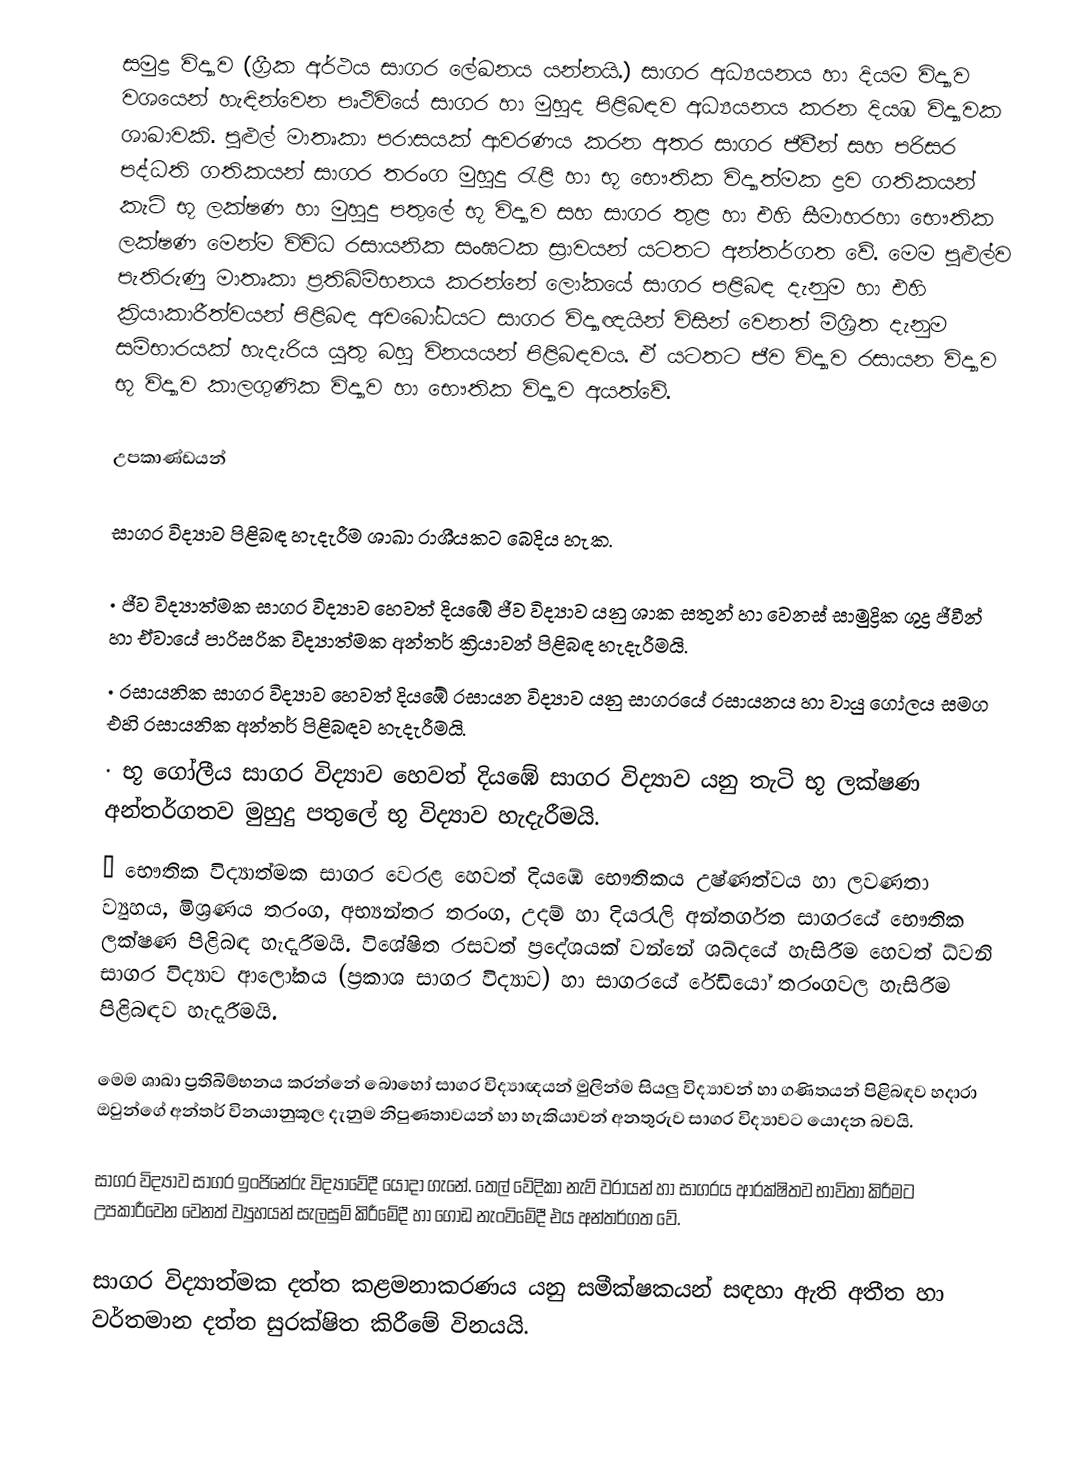
සමුද්‍ර විද්‍යාව (ග්‍රීක අර්ථය සාගර ලේඛනය යන්නයි.) සාගර අධ්‍යයනය හා දියම විද්‍යාව වශයෙන් හැඳින්වෙන පෘථිවියේ සාගර හා මුහුද පිළිබඳව අධ්‍යයනය කරන දියඹ විද්‍යාවක ශා‍ඛාවකි. පුළුල් මාතෘකා පරාසයක් ආවරණය කරන අතර සාගර ජීවීන් සහ පරිසර පද්ධති ගතිකයන් සාගර තරංග මුහුදු රැළි හා භූ භෞතික විද්‍යාත්මක ද්‍රව ගතිකයන් කැටි භූ ලක්ෂණ හා මුහුදු පතුලේ භූ විද්‍යාව සහ සාගර තුළ හා එහි සීමා‍හරහා භෞතික ලක්ෂණ මෙන්ම විවිධ රසායනික සංඝටක ස්‍රාවයන් යටතට අන්තර්ගත වේ. මෙම පුළුල්ව පැතිරුණු මාතෘකා ප්‍රතිබිම්භනය කරන්නේ ලෝකයේ සාගර පළිබඳ දැනුම හා එහි ක්‍රියාකාරීත්වයන් පිළිබඳ අවබෝධයට සාගර විද්‍යාඥයින් විසින් වෙනත් මිශ්‍රිත දැනුම  සම්භාරයක් හැදැරිය යුතු බහු විනයයන් පිළිබඳවය. ඒ යටතට ජීව විද්‍යාව රසායන විද්‍යාව භූ විද්‍යාව කාලගුණික විද්‍යාව හා භෞතික විද්‍යාව අයත්වේ.

උපකා‍ණ්ඩයන්

සාගර විද්‍යාව පිළිබඳ හැදැරීම ශාඛා රාශීයකට බෙදිය හැක.

·	ජීව විද්‍යාත්මක සාගර  විද්‍යාව හෙවත් දියඹේ ජීව විද්‍යාව යනු ශාක සතුන් හා වෙනස් සාමුද්‍රික ශුද්‍ර ජීවීන් හා ඒවායේ පාරිසරික විද්‍යාත්මක අන්තර් ක්‍රියාවන් පිළිබඳ හැදැරීමයි.
·	රසායනික සාගර විද්‍යාව හෙවත් දියඹේ රසායන විද්‍යාව  යනු සාගරයේ රසායනය හා වායු ගෝලය සමග එහි රසායනික අන්තර් පිළිබඳව හැදැරීමයි.
·	භූ ගෝලීය සාගර විද්‍යාව හෙවත් දියඹේ සාගර විද්‍යාව යනු තැටි භූ ලක්ෂණ අන්තර්ගතව මුහුදු පතුලේ භූ විද්‍යාව හැදැරීමයි.
·	භෞතික විද්‍යාත්මක සාගර වෙරළ හෙවත් දියඹේ භෞතිකය උෂ්ණත්වය හා ලවණතා ව්‍යුහය, මිශ්‍රණය තරංග, අභ්‍යන්තර තරංග, උදම් හා දියරැලි අන්තර්ගත සාගරයේ භෞතික ලක්ෂණ පිළිබඳ හැදැරීමයි. විශේෂිත රසවත් ප්‍රදේශයක් වන්නේ ශබ්දයේ හැසිරීම හෙවත් ධ්වනි සාගර විද්‍යාව ආලෝකය (ප්‍රකා‍ශ සාගර විද්‍යාව) හා සාගර‍යේ රේඩියෝ තරංගවල හැසිරීම පිළිබඳව හැදැරීමයි.

මෙම ශාඛා ප්‍රතිබිම්භනය කරන්නේ බොහෝ සාගර විද්‍යාඥයන් මුලින්ම සියලු විද්‍යාවන් හා ගණිතයන් පිළිබඳව හදාරා ඔවුන්ගේ අන්තර් විනයානුකූල දැනුම නිපුණතාවයන් හා හැකියාවන් අනතුරුව සාගර විද්‍යාවට යොදන බවයි.

සාගර විද්‍යාව සාගර ඉංජිනේරු විද්‍යාවේදී යොදා ගැනේ.  තෙල් වේදිකා නැව් වරායන් හා සාගරය ආරක්ෂිතව භාවිතා කිරීමට උපකාරීවෙන වෙනත් ව්‍යුහයන් සැලසුම් කිරීමේදී හා ගොඩ නැංවිමේදී එය අන්තර්ගත වේ.

සාගර විද්‍යාත්මක දත්ත කළමනාකරණය යනු සමීක්ෂකයන් සඳහා ඇති අතීත හා වර්තමාන දත්ත සුරක්ෂිත කිරීමේ විනයයි.